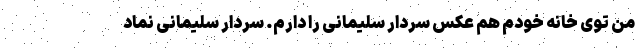
من توی خانه خودم هم عکس سردار سلیمانی را دارم. سردار سلیمانی نماد